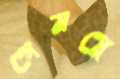
গেমপ্লে